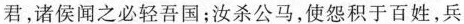
君，诸侯闻之必轻吾国；汝杀公马，使怨积于百姓，兵